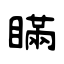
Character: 瞞